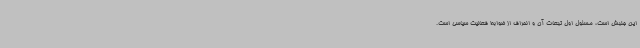
این جنبش است، مسئول اول تبعات آن و انحراف از ضوابط فعالیت سیاسی است.